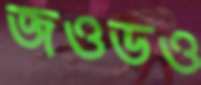
জওডও